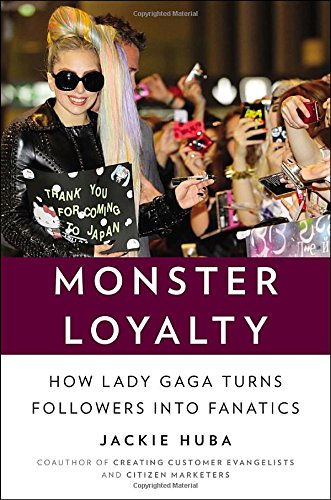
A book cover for Monster Loyalty: How Lady Gaga Turns Followers into Fanatics; Jackie Huba; Arts & Photography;